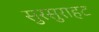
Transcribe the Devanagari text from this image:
सुरसुराहट